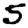
Digit: 5